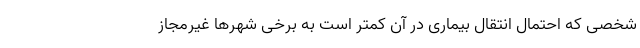
شخصی که احتمال انتقال بیماری در آن کمتر است به برخی شهرها غیرمجاز